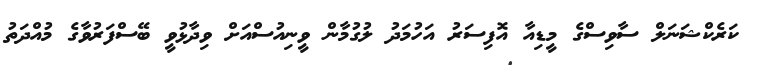
ކަރެކްޝަނަލް ސާވިސްގެ މީޑިއާ އޮފިސަރު އަހުމަދު ލުގުމާން ވީނިއުސްއަށް ވިދާޅުވީ ބޭސްފަރުވާގެ މުއްދަތު